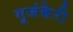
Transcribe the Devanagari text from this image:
गूजंकेरी